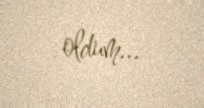
oldum...